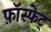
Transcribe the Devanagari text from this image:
फ़ॉस्फेट्